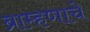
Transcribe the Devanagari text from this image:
ब्राम्हणाचे